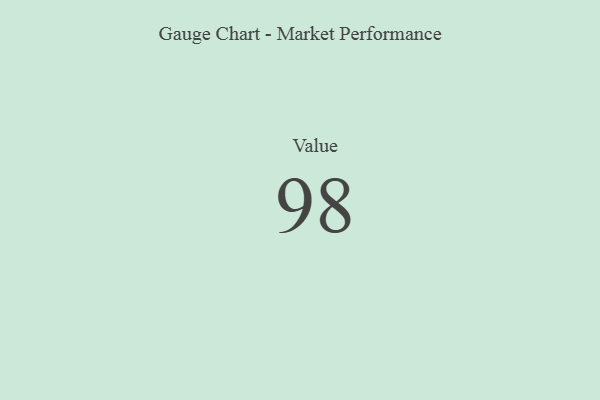
{"axis": {"x": "Metric", "y": "Value"}, "legend": [""], "data": [{"x": "Value", "y": 98, "type": ""}]}